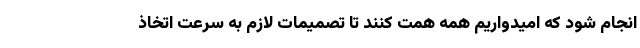
انجام شود که امیدواریم همه همت کنند تا تصمیمات لازم به سرعت اتخاذ